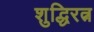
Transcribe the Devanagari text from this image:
शुद्धिरत्न